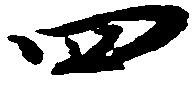
四